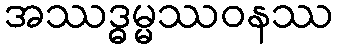
အဿဒ္ဓမ္မဿဝနဿ